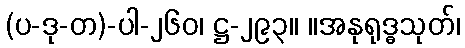
(ပ-ဒု-တ)-ပါ-၂၆၀၊ ဋ္ဌ-၂၉၃။ ။အနုရုဒ္ဓသုတ်၊